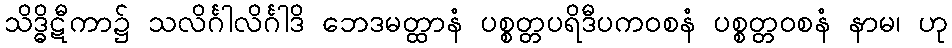
သိဒ္ဓိဋီကာ၌ သလိင်္ဂါလိင်္ဂါဒိ ဘေဒမတ္ထာနံ ပစ္စတ္တပရိဒီပကဝစနံ ပစ္စတ္တဝစနံ နာမ၊ ဟု